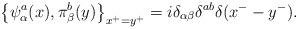
LaTeX: \begin{align*}\left\{ \psi^a_{\alpha}(x), \pi^{b}_{\beta}(y)\right\}_{x^+=y^+}=i \delta_{\alpha\beta}\delta^{ab}\delta(x^{-}-y^{-}).\end{align*}